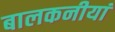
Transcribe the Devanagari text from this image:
बालकनीयां